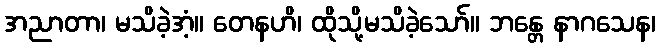
အညာတာ၊ မသိခဲ့အံ့။ တေနဟိ၊ ထိုသို့မသိခဲ့သော်။ ဘန္တေ နာဂသေန၊